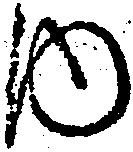
内